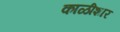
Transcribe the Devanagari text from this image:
काळीशार